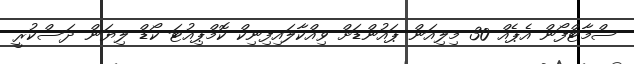
ސްމާޓްފޯން އެޕެއް 30 މިލިއަން ޕައުންޑަށް ވިއްކާލައިފިނިކް ކޮމްޕިއުޓަ ކޯޑް ލިޔަން ދަސްކުރީ